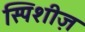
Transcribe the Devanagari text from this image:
स्पिशीज़